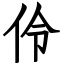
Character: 伶